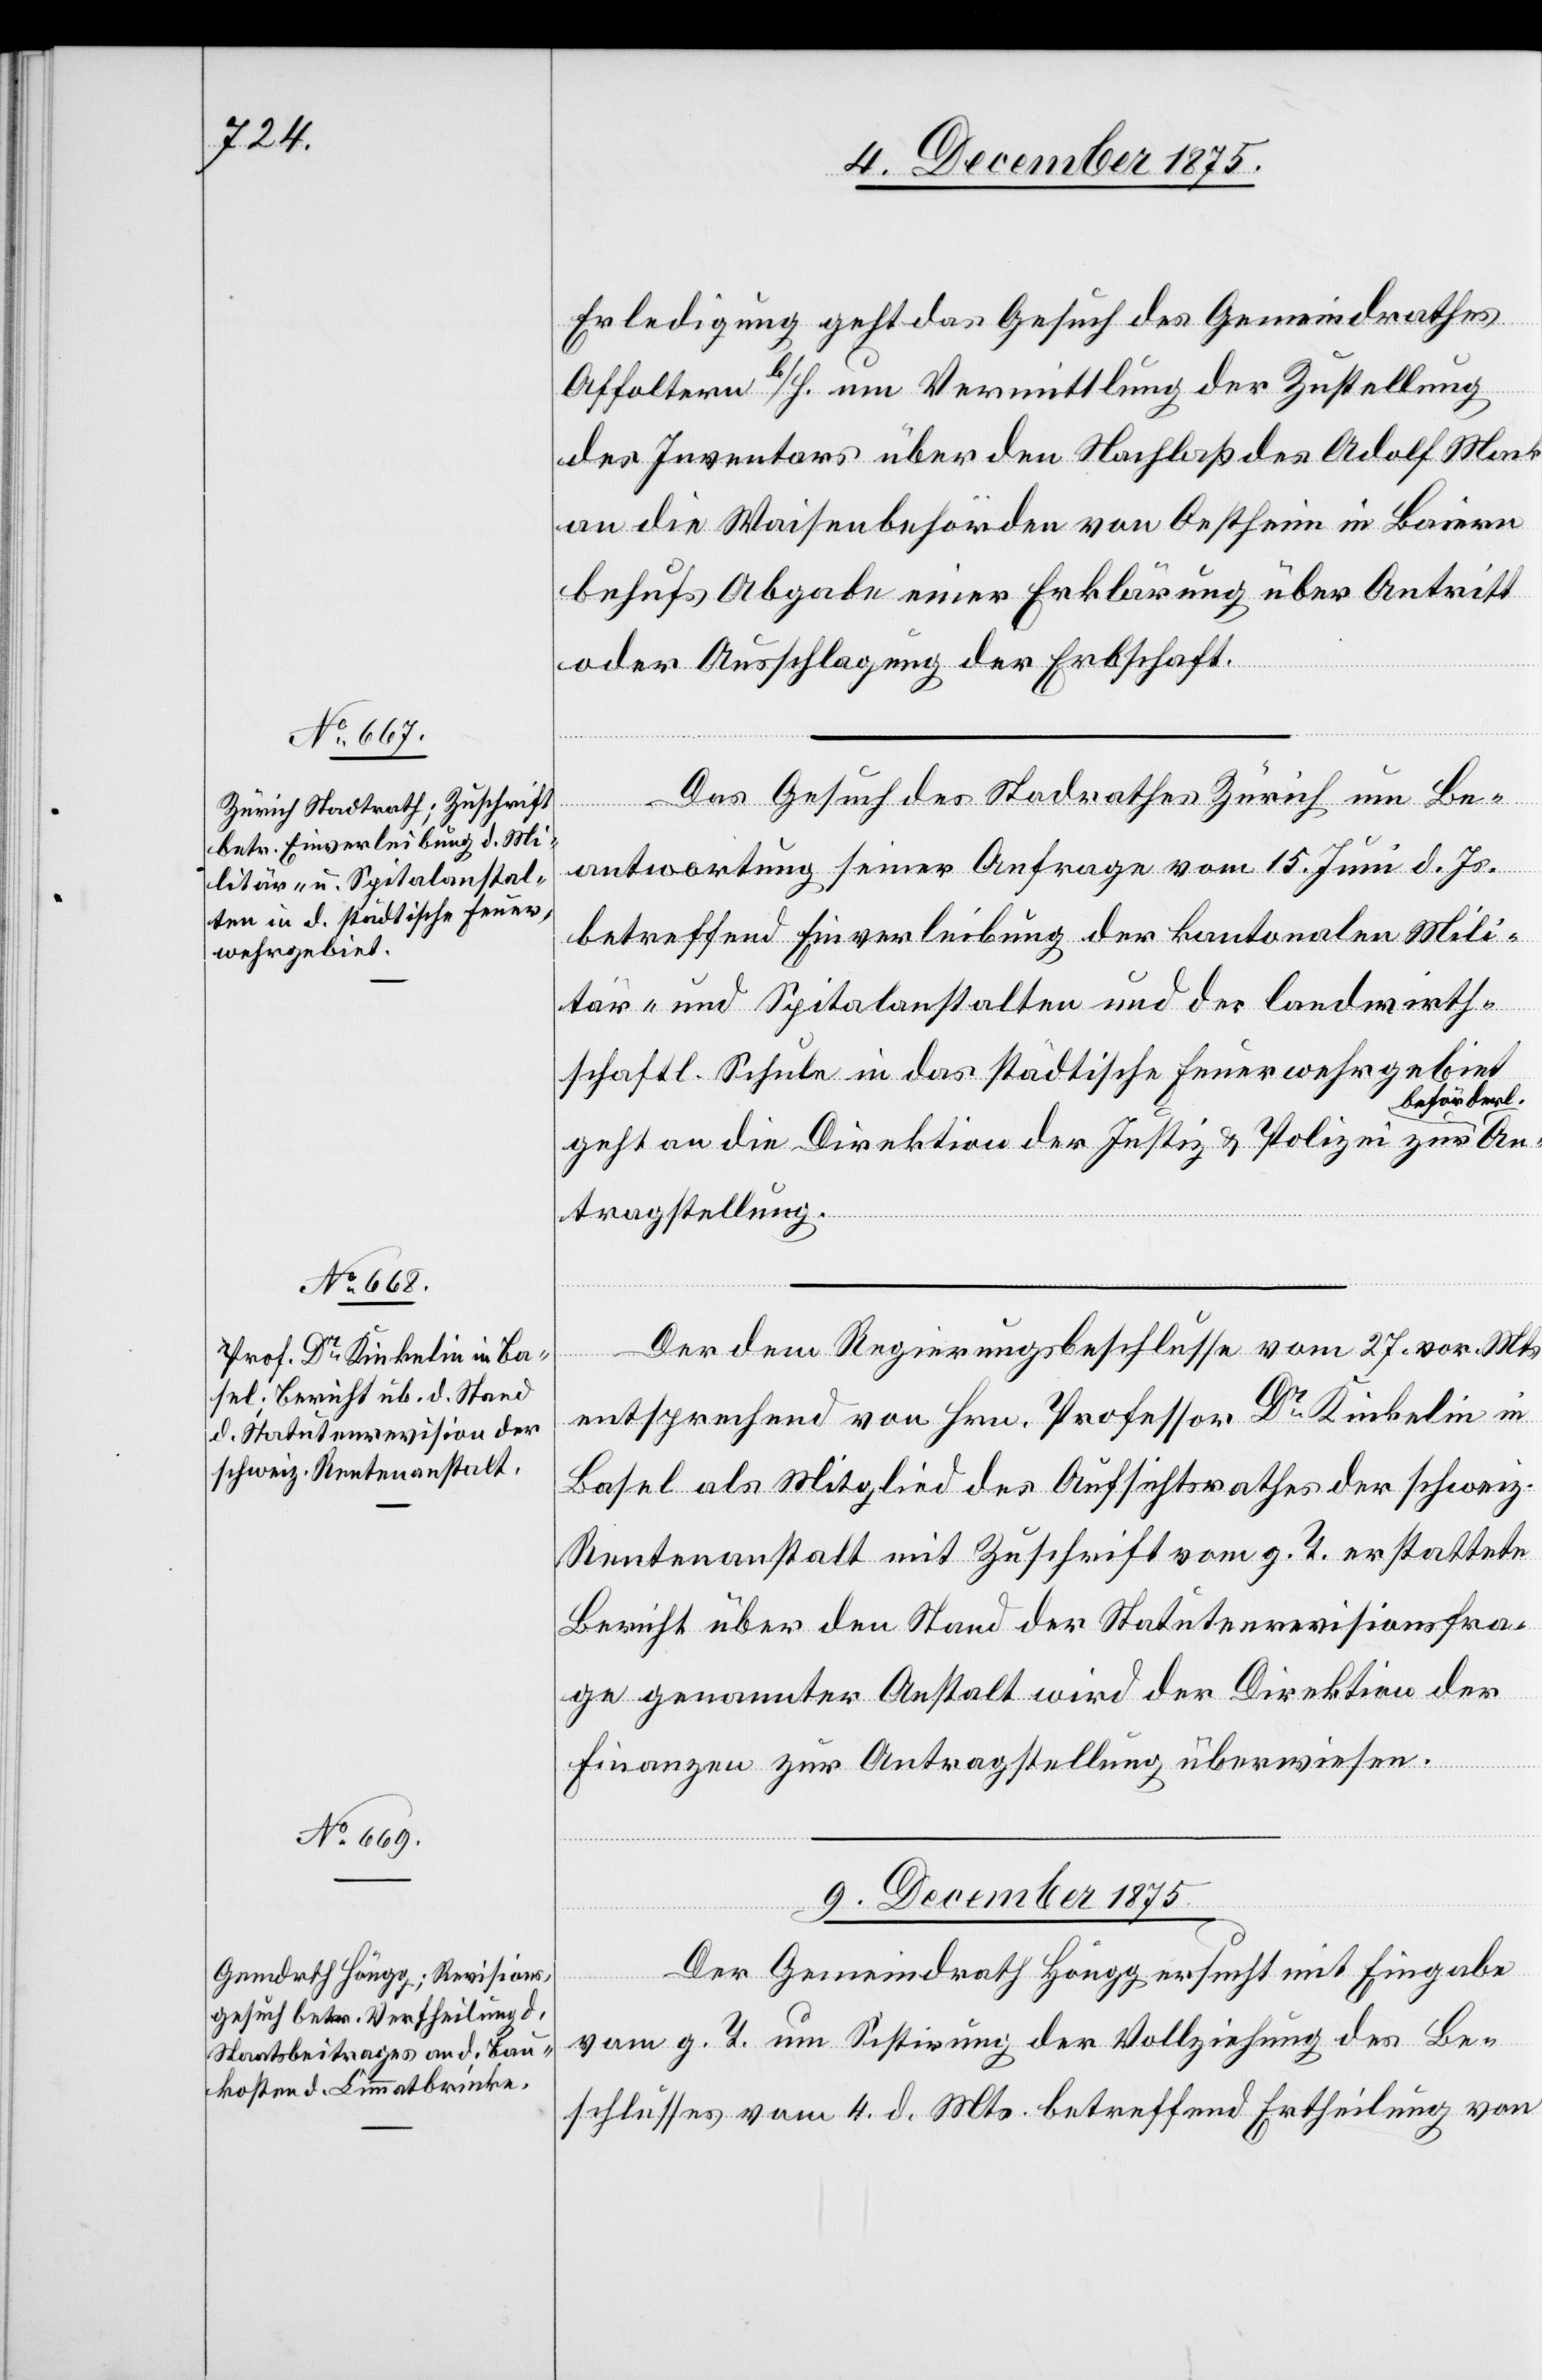
Erledigung geht das Gesuch des Gemeindrathes
Affoltern b/H. um Vermittlung der Zustellung
des Inventars über den Nachlaß des Adolf Mack
an die Waisenbehörden von Oestheim in Baiern
behufs Abgabe einer Erklärung über Antritt
oder Ausschlagung der Erbschaft.
Das Gesuch des Stad[t]rathes Zürich um Be¬
antwortung seiner Anfrage vom 15. Juni d. Js.
betreffend Einverleibung der kantonalen Mili¬
tär- und Spitalanstalten und der landwirth¬
schaftl. Schule in das städtische Feuerwehrgebiet
beförderl.
geht an die Direktion der Justiz & Polizei zur
tragstellung.
Der dem Regierungsbeschlusse vom 27. vor. Mts.
entsprechend von Hrn. Professor Dr Kinkelin in
Basel als Mitglied des Aufsichtsrathes der schweiz.
Rentenanstalt mit Zuschrift vom g. T. erstattete
Bericht über den Stand der Statutenrevisionsfra¬
ge genannter Anstalt wird der Direktion der
Finanzen zur Antragstellung überwiesen.
9. December 1875.
Der Gemeindrath Höngg ersucht mit Eingabe
vom g. T. um Sistirung der Vollziehung des Be¬
schlusses vom 4. d. Mts. betreffend Ertheilung von

An¬